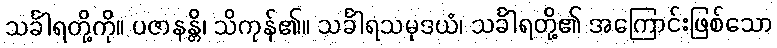
သင်္ခါရတို့ကို။ ပဇာနန္တိ၊ သိကုန်၏။ သင်္ခါရသမုဒယံ၊ သင်္ခါရတို့၏ အကြောင်းဖြစ်သော